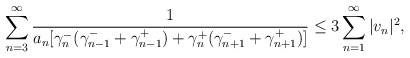
\begin{align*} \sum_{n=3}^\infty \frac{1}{a_n [\gamma_n^-(\gamma_{n-1}^-+\gamma_{n-1}^+) + \gamma_n^+(\gamma_{n+1}^-+\gamma_{n+1}^+)]} \le 3 \sum_{n=1}^\infty |v_n|^2, \end{align*}